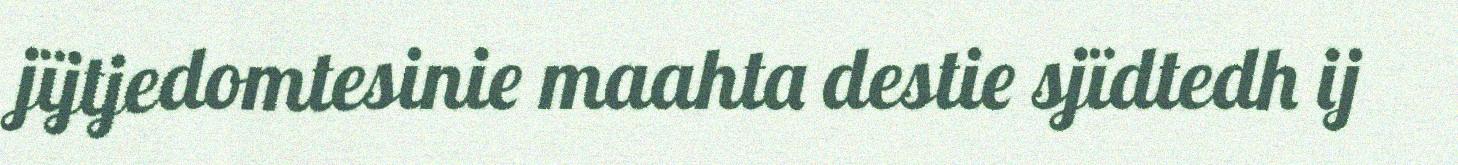
jïjtjedomtesinie maahta destie sjïdtedh ij